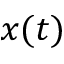
x ( t )